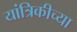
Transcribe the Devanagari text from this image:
यांत्रिकीच्या